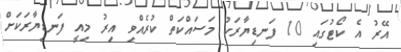
އޭރު އެ ކޯޓުގައި 10 ފަނޑިޔާރަކު މަސައްކަތް ކުރެއްވި އިރު މިއީ ފަނޑިޔާރަކަށް